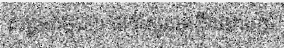
សង្គមកម្ពុជា។ ជាក់ស្តែងមន្ត្រីគណបក្ស